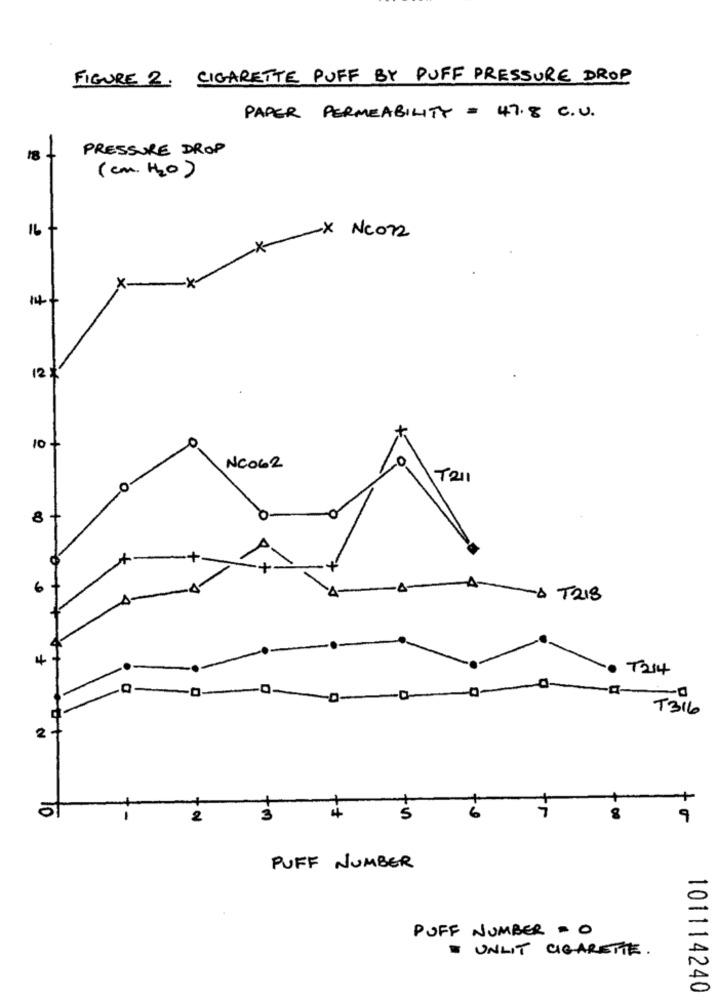
FIGURE 2. CIGARETTE PUFF BY PUFF PRESSURE DROP
PAPER PERMEABILITY = 47.8 C.U.
PRESSURE DROP
18
(cm. H2O)
16
-X Nc072
14.
12%
o+
NC062
T211
8
-& T218
T214
-d
T316
2
+
0
2
3
5
9
PUFF NUMBER
PUFF NUMBER = 0
- UNLIT CIGARETTE .
101114240